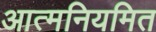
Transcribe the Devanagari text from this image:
आत्मनियमित